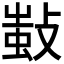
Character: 𢾫